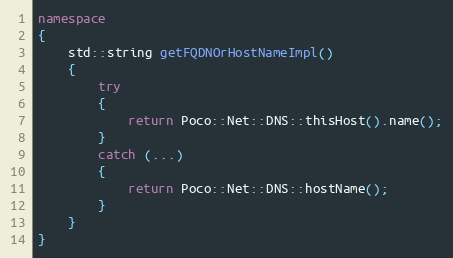
Language: C++
namespace
{
    std::string getFQDNOrHostNameImpl()
    {
        try
        {
            return Poco::Net::DNS::thisHost().name();
        }
        catch (...)
        {
            return Poco::Net::DNS::hostName();
        }
    }
}